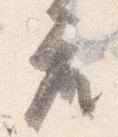
座